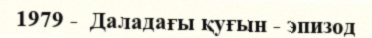
1979 -  Даладағы қуғын - эпизод